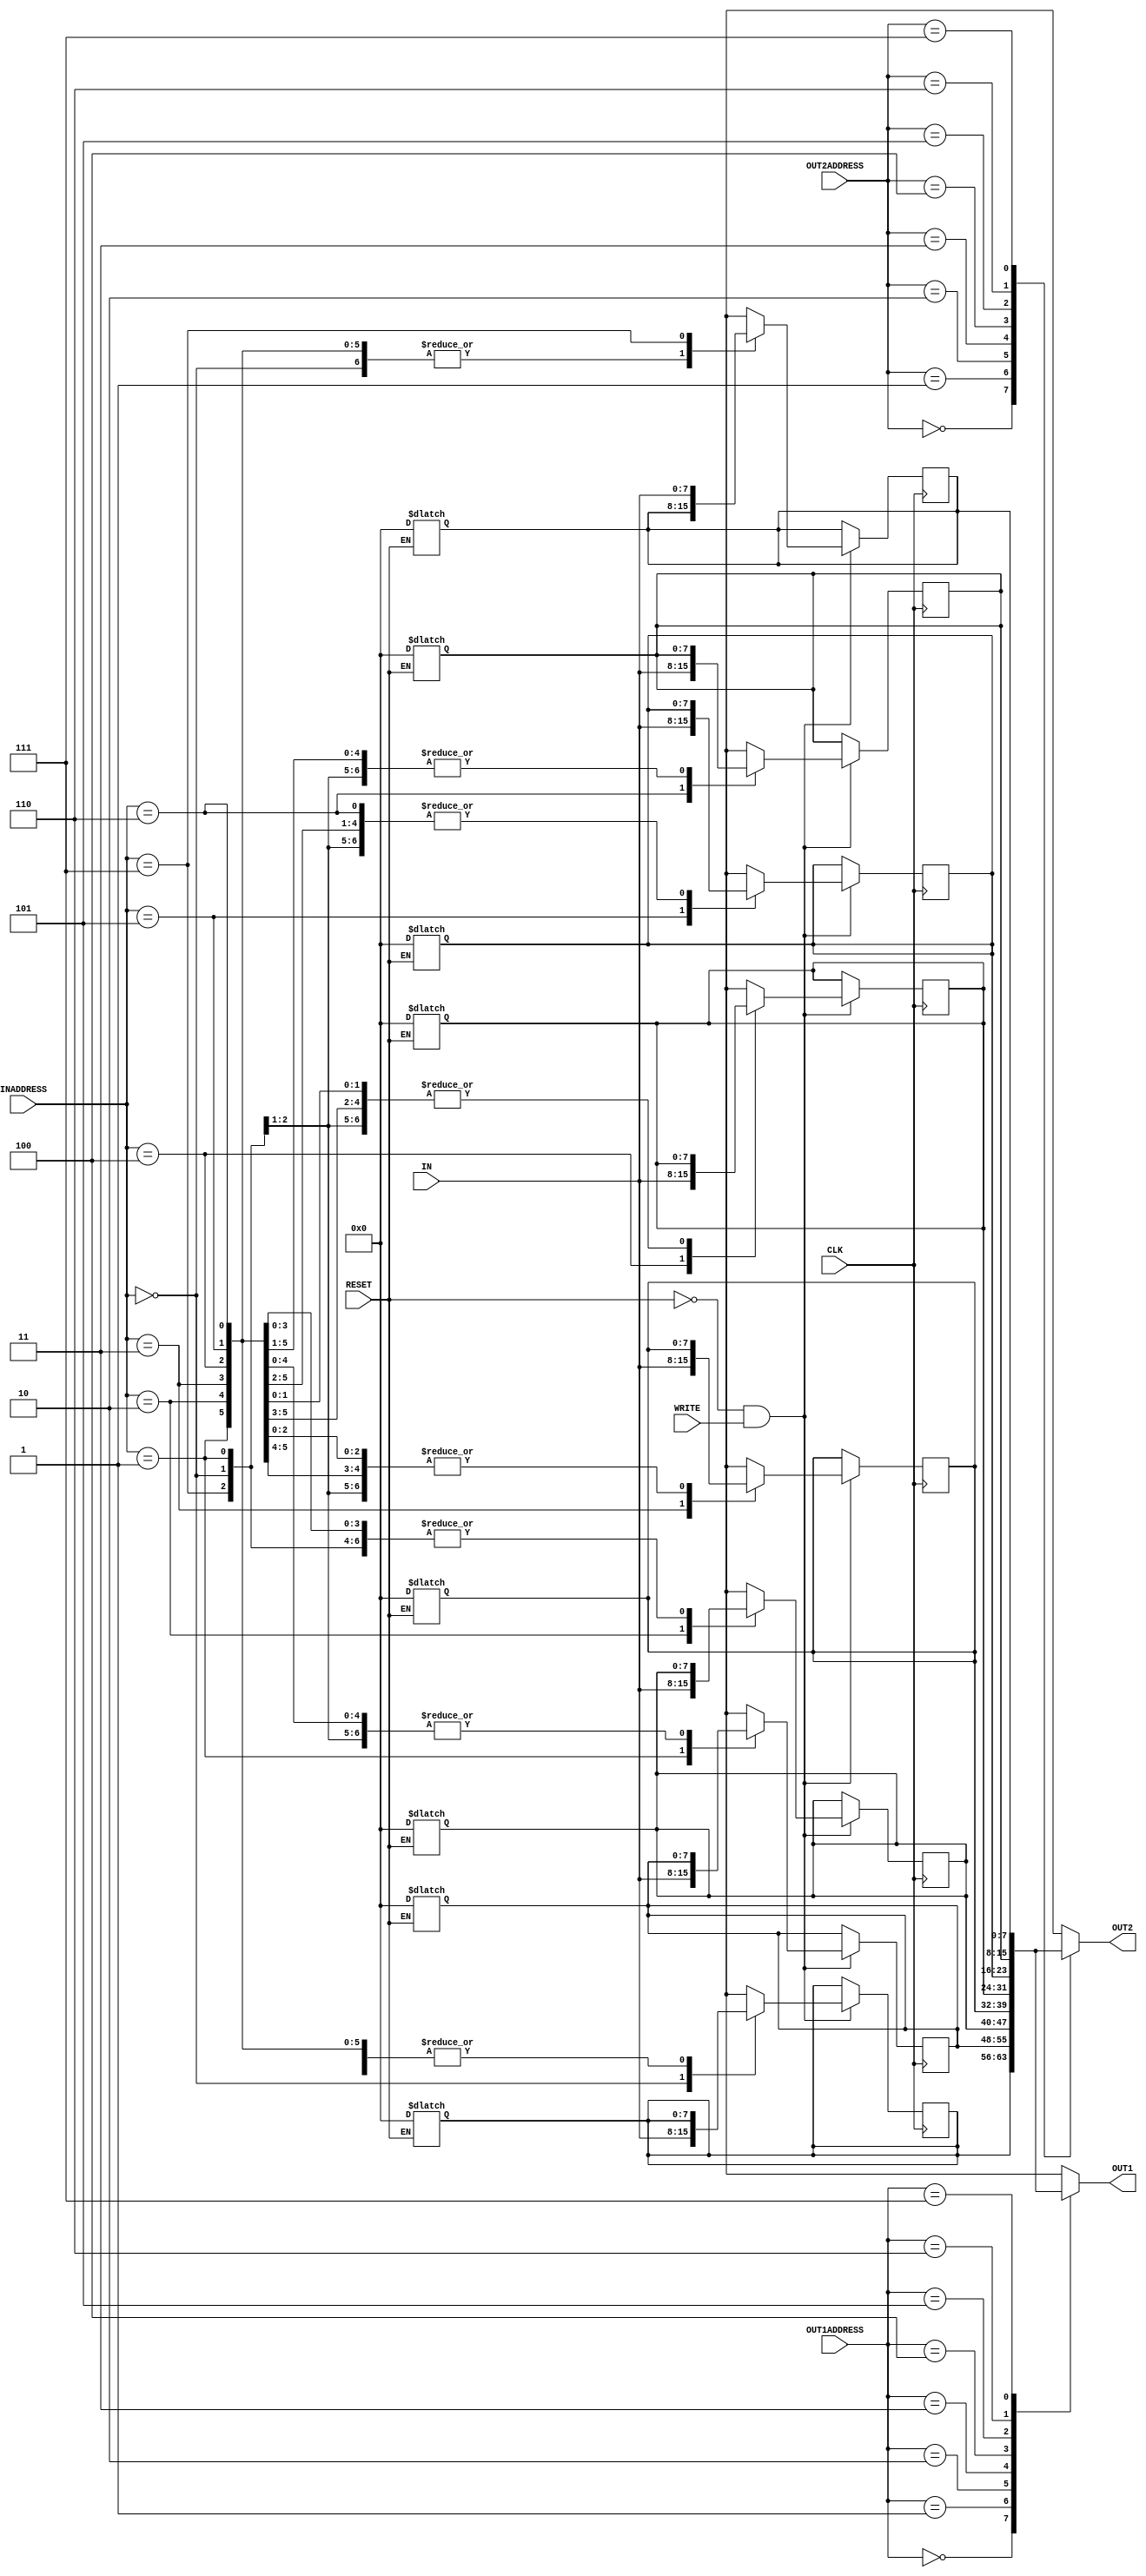
// Computer Architecture (CO224) - Lab 05
// Design: Register File of Simple Processor

module reg_file(IN, OUT1, OUT2, INADDRESS, OUT1ADDRESS, OUT2ADDRESS, WRITE, CLK, RESET);

//reg_file myregfile(WRITEDATA, REGOUT1, REGOUT2, WRITEREG, READREG1, READREG2, WRITEENABLE, CLK, RESET);

	input CLK,WRITE,RESET;
	input [2:0] INADDRESS,OUT1ADDRESS, OUT2ADDRESS;
	input [7:0] IN;
	output [7:0] OUT1, OUT2;
	
	reg [7:0] r[7:0]; //for assign to 7 registers
	integer i;

	assign #2 OUT1=r[OUT1ADDRESS];
	assign #2 OUT2=r[OUT2ADDRESS];
	
	//for reset=1 with level trigerring
	always @(RESET) 	
	begin
		if(RESET)
		#2   //timing delay
			for (i=0; i<8; i=i+1)   //making registers array
			begin
                r[i]=8'b00000000; 
			end
	end
	
	//for no reset && write with edge triggering
	always @(posedge CLK)
	begin
		if(!RESET && WRITE)
			begin
				#2 r[INADDRESS]=IN;  //assign writedata to registers
			end
	end
	
	
	
endmodule